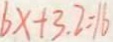
6 x + 3 . 2 = 1 6